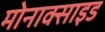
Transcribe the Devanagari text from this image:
मोनाक्साइड